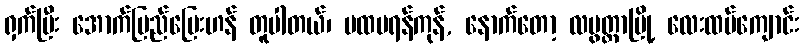
ရှက်ပြီး အောက်ပြည်ပြေးဟန် တူပါတယ်၊ ပထမရန်ကုန်, နောက်တော့ လပွတ္တာမြို့ လေးထပ်ကျောင်း